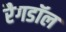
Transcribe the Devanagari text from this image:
रैगडॉल